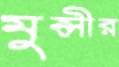
মুন্সীর